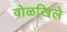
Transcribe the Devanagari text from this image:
वोळखिले